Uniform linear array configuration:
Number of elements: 8
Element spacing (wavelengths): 1
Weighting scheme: binomial
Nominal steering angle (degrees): -15
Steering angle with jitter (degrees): -16.196
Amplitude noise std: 0.05
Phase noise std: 0.05

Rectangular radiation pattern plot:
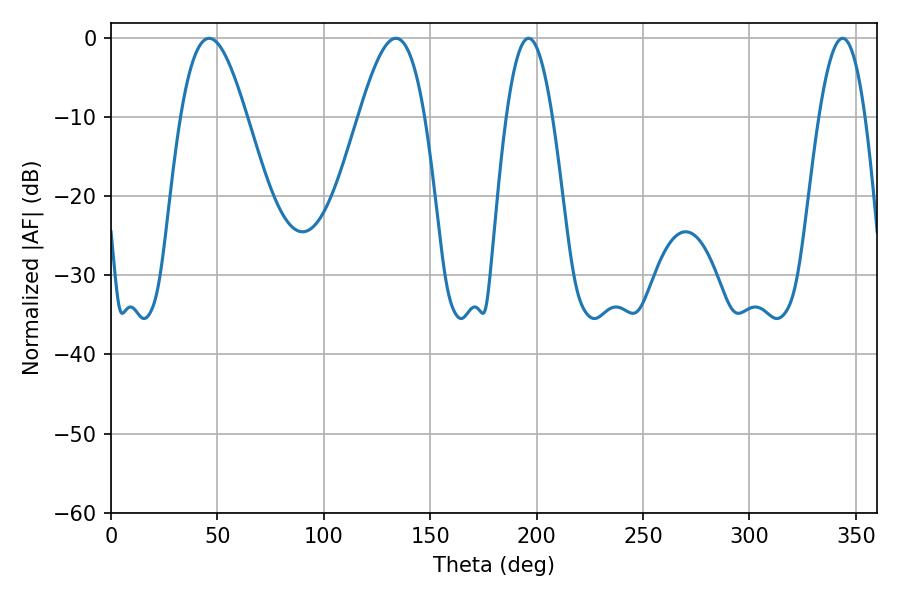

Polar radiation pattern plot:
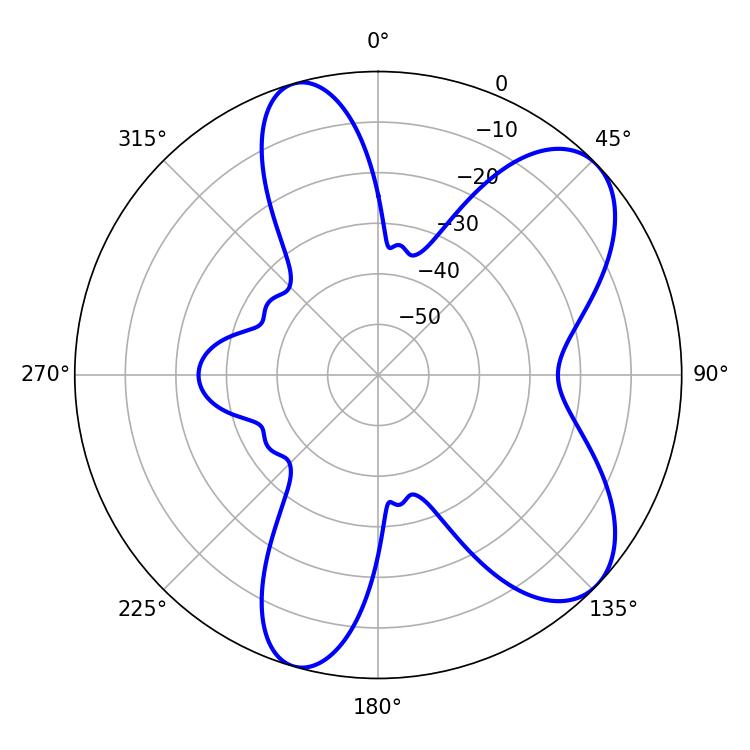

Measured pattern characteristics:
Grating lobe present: TRUE
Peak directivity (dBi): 7.678
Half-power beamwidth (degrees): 11.88
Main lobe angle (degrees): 196.2